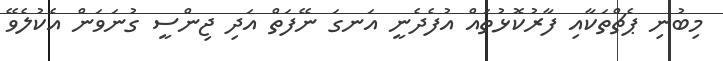
މިބުނި ޕެޗްތަކާއި ފާރުކޮޅުތައް އުފެދެނީ އަނގަ ނޭފަތް އަދި ޖިންސީ ގުނަވަން އެކުލެވޭ